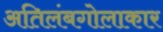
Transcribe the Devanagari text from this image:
अतिलंबगोलाकार